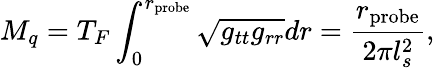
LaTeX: M_{q}=T_{F}\int_{0}^{r_{\mathrm{probe}}}\sqrt{g_{tt}g_{rr}}dr=\frac{r_{\mathrm{probe}}}{2\pi l_{s}^{2}},